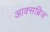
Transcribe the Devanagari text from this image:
आक्सब्रिज